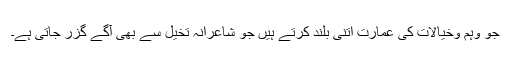
جو وہم وخیالات کی عمارت اتنی بلند کرتے ہیں جو شاعرانہ تخیل سے بھی آگے گزر جاتی ہے۔